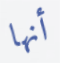
أنها